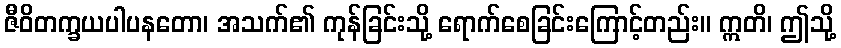
ဇီဝိတက္ခယပါပနတော၊ အသက်၏ ကုန်ခြင်းသို့ ရောက်စေခြင်းကြောင့်တည်း။ ဣတိ၊ ဤသို့